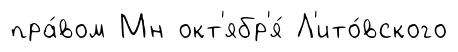
пра́вом Мн окт'ябр'я́ Л'ито́вского